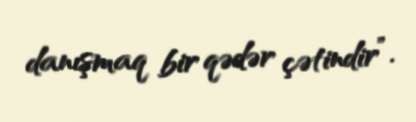
danışmaq bir qədər çətindir”.